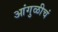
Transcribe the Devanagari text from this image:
आंगुळीचं